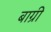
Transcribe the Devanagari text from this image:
बाग्री